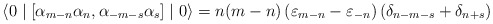
\begin{align*}\langle 0 \mid \left[ {\alpha}_{m-n} {\alpha}_n , {\alpha}_{-m-s}{\alpha}_s \right] \mid 0 \rangle = n(m-n) \left( {\varepsilon}_{m-n} -{\varepsilon}_{-n} \right) \left( {\delta}_{n-m-s} + {\delta}_{n+s}\right)\end{align*}